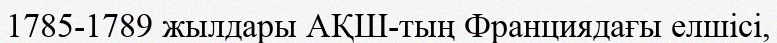
1785-1789 жылдары АҚШ-тың Франциядағы елшісі,